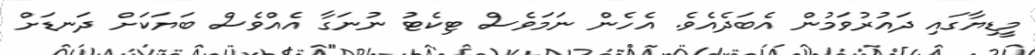
މީޑިޔާގައި ދައުރުވަމުން އެބަދެއެވެ. އެހެން ނަމަވެސް ޓިކެޓު ނުނަގާ އެއްވެސް ބަޔަކަށް ދަނޑަށް